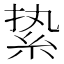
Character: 絷